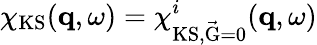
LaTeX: \chi_{\mathrm{KS}}(\mathbf{q},\omega)=\chi_{\mathrm{KS,\vec{G}=0}}^{i}(\mathbf{q},\omega)